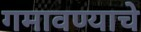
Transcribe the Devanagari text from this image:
गमावण्याचे